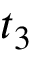
t _ { 3 }